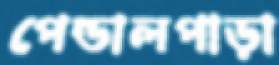
পেন্ডালপাড়া